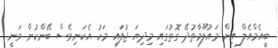
ބީއެމްއެލް އިން މައުލޫމާތުދޭ ގޮތުގައި މިދިޔަ ޖުލައި މަހު އެކަނިވެސް ބޭންކުން ވަނީ